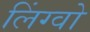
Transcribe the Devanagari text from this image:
लिंग्वो